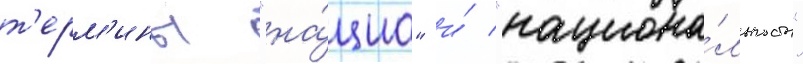
т'ерм'ины "на́циа" и́ "национа́льность"